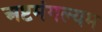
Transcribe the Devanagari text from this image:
अष्टमंगल्यम